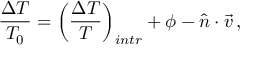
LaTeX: \frac { \Delta T } { T _ { 0 } } = \left( \frac { \Delta T } { T } \right) _ { i n t r } + \phi - { \hat { n } } \cdot \vec { v } \, ,